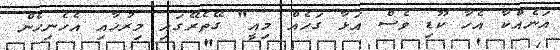
އަނެއްކާ އެހާ ކޫޑި ވެސް އަޅާ ގަހެއް މިއީ" ގޭތެރޭގައި މިރުހާއި އެހެނިހެން